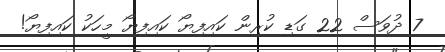
7 ދުވަސް 22 ގަޑި ކުރިން ކައިފިޔޯ ކައިފިޔޯ މީހަކު ކައިފިޔޯ!